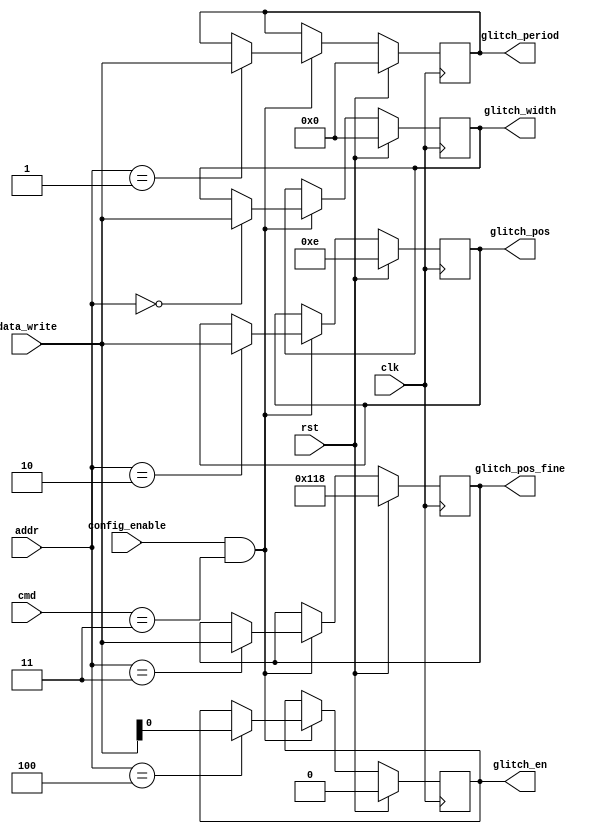
/*-------------------------------------------------------------------------
 Local bus controller on SASEBO 
 
 File name   : params_in_buffer.v
 Version     : Version 1.0
 Created     : SEP/06/2010
 Last update : OCT/29/2010
 Desgined by : Sho Endo
 
-----------------------------------------------------------------
 Copyright (C) 2010 Tohoku University
 
 By using this code, you agree to the following terms and conditions.
 
 This code is copyrighted by Tohoku University ("us").
 
 Permission is hereby granted to copy, reproduce, redistribute or
 otherwise use this code as long as: there is no monetary profit gained
 specifically from the use or reproduction of this code, it is not sold,
 rented, traded or otherwise marketed, and this copyright notice is
 included prominently in any copy made.
 
 We shall not be liable for any damages, including without limitation
 direct, indirect, incidental, special or consequential damages arising
 from the use of this code.
 
 When you publish any results arising from the use of this code, we will
 appreciate it if you can cite as following.
 @misc{tohoku-crypto-ip,
  author={Tohoku University ECSIS laboratory},
  title={Cryptographic IP cores},
  howpublished = {https://github.com/ECSIS-lab/IP_cores}
 }
 -------------------------------------------------------------------------*/ 


//================================================ PARAMS_IN_BUFFER
module PARAMS_IN_BUFFER(config_enable, cmd, addr, data_write, glitch_width, 
                        glitch_period, glitch_pos, glitch_pos_fine, glitch_en, clk, rst);
   input config_enable;
   input [7:0] cmd;
   input [15:0] addr;
   input [15:0] data_write;
   output [15:0] glitch_width, glitch_period, glitch_pos, glitch_pos_fine;
   output        glitch_en;
   input         clk, rst;
   
   parameter [7:0] CMD_READ         = 8'h00,
                   CMD_WRITE        = 8'h01,
                   CMD_CONFIG_READ  = 8'h02,
                   CMD_CONFIG_WRITE = 8'h03;
   
   parameter [15:0] ADDR_WIDTH     = 16'h0000,
                    ADDR_PERIOD    = 16'h0001,
                    ADDR_POS       = 16'h0002,
                    ADDR_POS_FINE  = 16'h0003,
                    ADDR_GLITCH_EN = 16'h0004;

   //Output latches
   reg [15:0]    glitch_width, glitch_period, glitch_pos, glitch_pos_fine;
   reg           glitch_en;
   
   always @(posedge clk) begin
      if (rst) begin
         glitch_width    <= 0;
         glitch_period   <= 0;
         glitch_pos      <= 14;
         glitch_pos_fine <= 280;
         glitch_en       <= 0;
      end else begin
         if (config_enable && cmd == CMD_CONFIG_WRITE) begin
            case (addr)
              ADDR_WIDTH:    begin glitch_width    <= data_write; end
              ADDR_PERIOD:   begin glitch_period   <= data_write; end
              ADDR_POS:      begin glitch_pos      <= data_write; end
              ADDR_POS_FINE: begin glitch_pos_fine <= data_write; end
              ADDR_GLITCH_EN: begin glitch_en <= data_write[0]; end
              default: begin end
            endcase // case (addr)
         end
      end
   end
   
endmodule